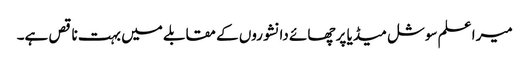
میرا علم سوشل میڈیا پر چھائے دانشوروں کے مقابلے میں بہت ناقص ہے۔